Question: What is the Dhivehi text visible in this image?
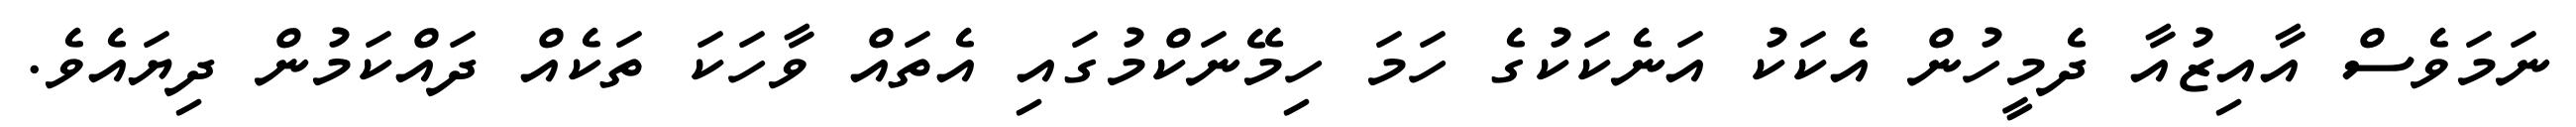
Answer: ނަމަވެސް އާއިޒުއާ ދެމީހުން އެކަކު އަނެކަކުގެ ހަމަ ހިމޭނަކްމުގައި އެތައް ވާހަކަ ތަކެއް ދައްކަމުން ދިޔައެވެ.